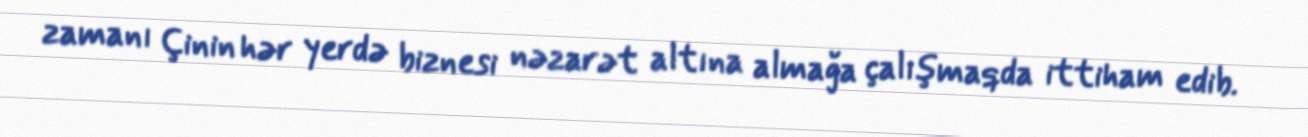
zamanı Çinin hər yerdə biznesi nəzarət altına almağa çalışmaqda ittiham edib.